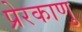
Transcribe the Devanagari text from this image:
प्रेरकाणु